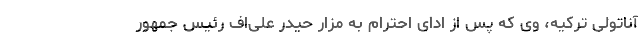
آناتولی ترکیه، وی که پس از ادای احترام به مزار حیدر علی‌اف رئيس جمهور